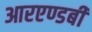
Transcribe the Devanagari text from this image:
आरएण्डबी